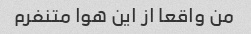
من واقعا از این هوا متنفرم